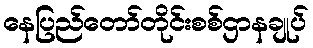
နေပြည်တော်တိုင်းစစ်ဌာနချုပ်